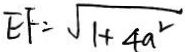
E F = \sqrt { 1 + 4 a ^ { 2 } }